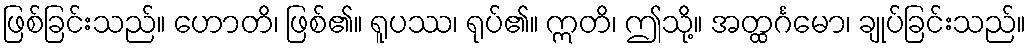
ဖြစ်ခြင်းသည်။ ဟောတိ၊ ဖြစ်၏။ ရူပဿ၊ ရုပ်၏။ ဣတိ၊ ဤသို့။ အတ္ထင်္ဂမော၊ ချုပ်ခြင်းသည်။